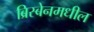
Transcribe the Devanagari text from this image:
ब्रिस्बेनमधील